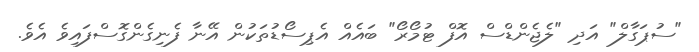
"ސުޕަގާލް" އަދި "ލެޖެންޑްސް އޮފް ޓުމޯރޯ" ބައެއް އެޕިސޯޑުތަކުން އޭނާ ފެނިގެންގޮސްފައިވެ އެވެ.